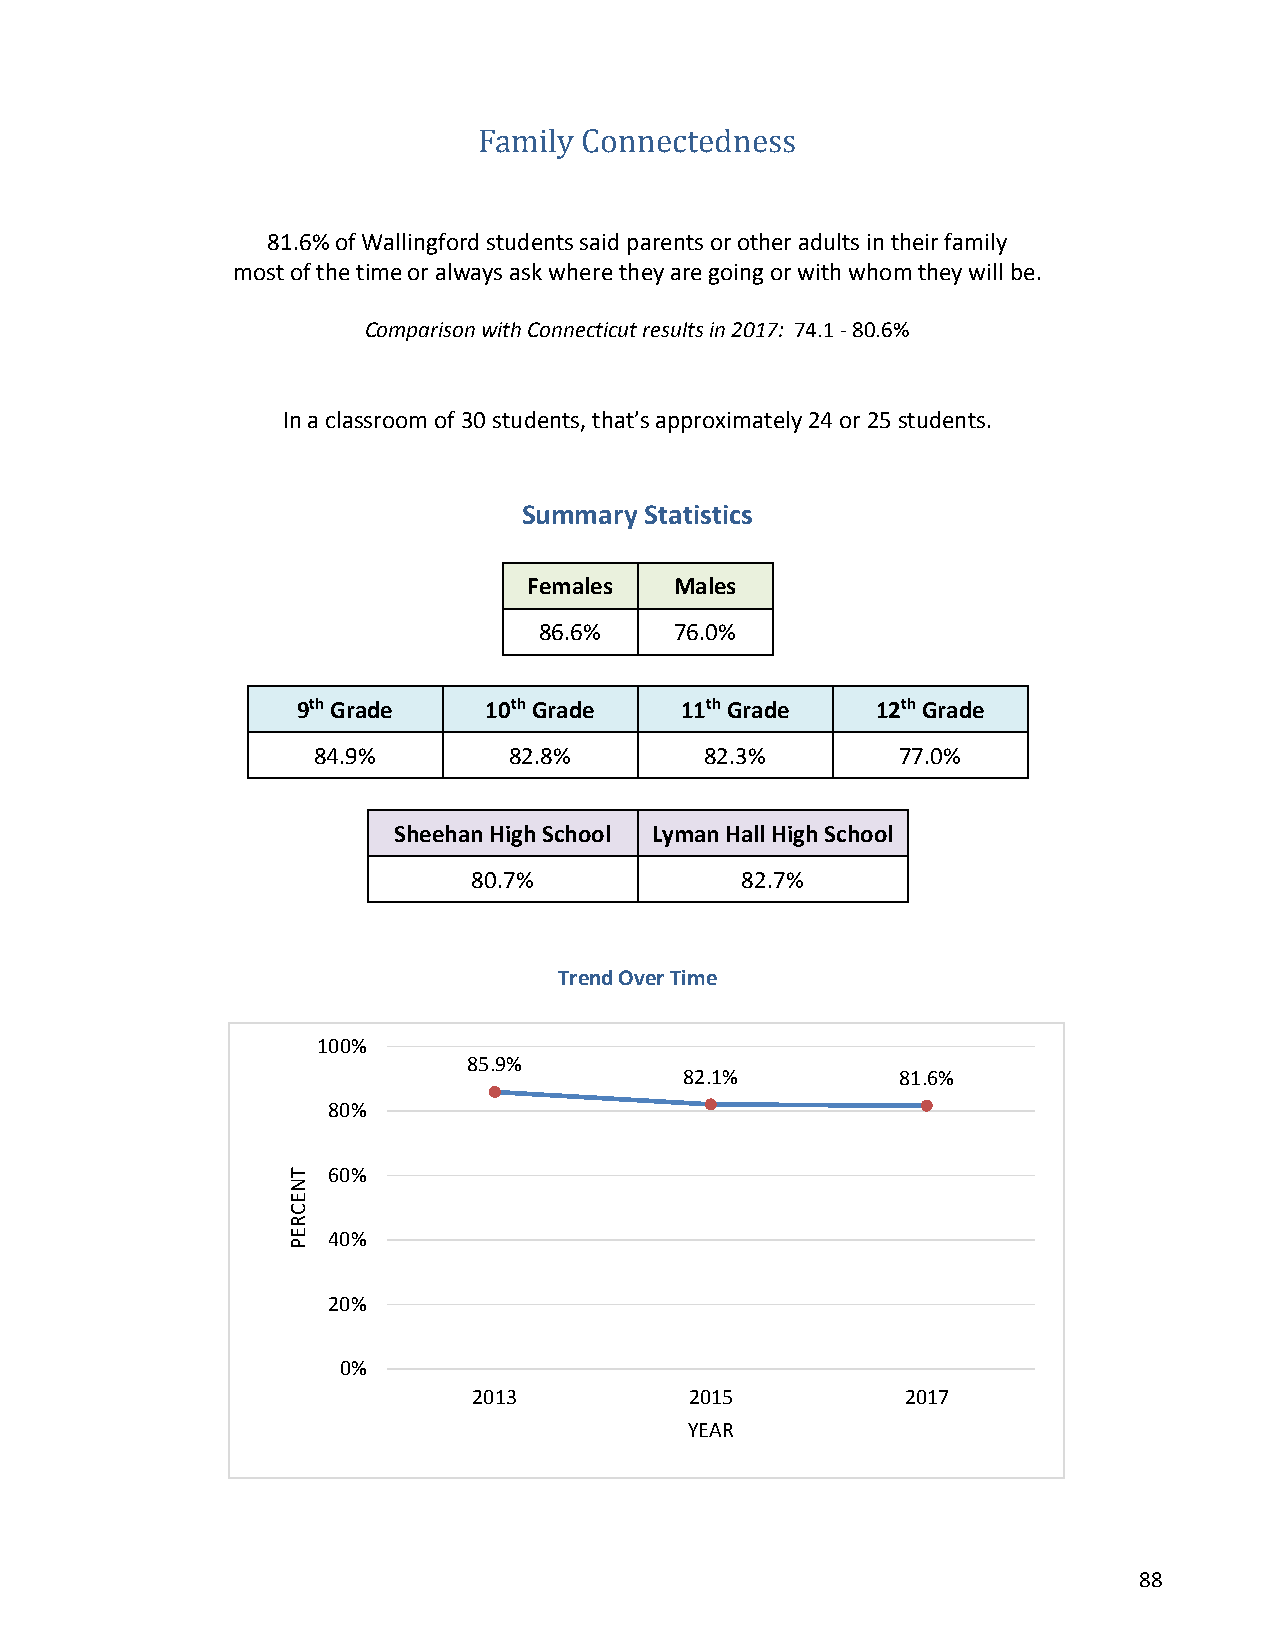
Family Con nectedness
 81.6% of Wallingford students said parents or other adults in their family
 most of the time or always ask where they are going or with whom they will be.
 Comparison with Connecticut results in 2017: 74.1 - 80.6%
 In a classroom of 30 students, that’s approximately 24 or 25 students.
 Summary Statistics
 Females   Males
 86.6%    76.0%
 9th Grade   10th Grade   11th Grade   12th Grade
 84.9%        82.8%        82.3%        77.0%
 Sheehan High School Lyman Hall High School
 80.7%             82.7%
 Trend Over Time
 100%
 85.9%
 82.1%          81.6%
 80%
 60%
 40%
 20%
 0%
 2013           2015          2017
 YEAR
 88
 TNECREP